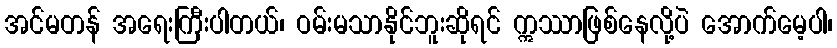
အင်မတန် အရေးကြီးပါတယ်၊ ဝမ်းမသာနိုင်ဘူးဆိုရင် ဣဿာဖြစ်နေလို့ပဲ အောက်မေ့ပါ၊